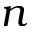
n